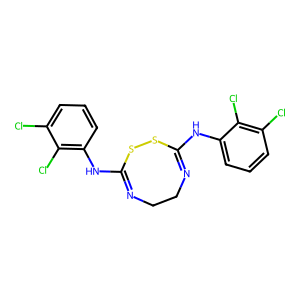
SMILES: Clc1cccc(NC2=NCCN=C(Nc3cccc(Cl)c3Cl)SS2)c1Cl
Inhibits HIV replication: No